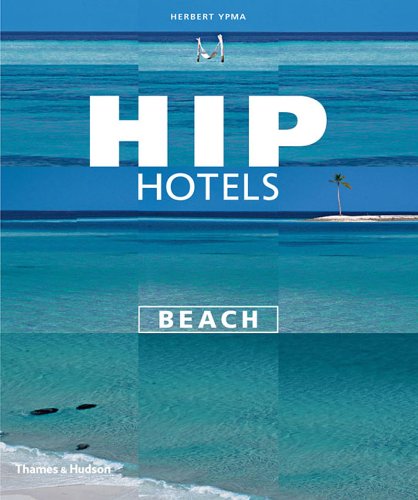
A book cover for Hip Hotels Beach; Herbert Ypma; Travel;